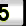
Digit: 5